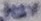
Text: +12V